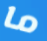
ما